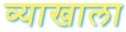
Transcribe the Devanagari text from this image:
व्‍याखाला